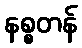
နစ္စတန်